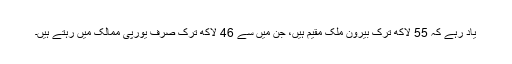
یاد رہے کہ 55 لاکھ ترک بیرون ملک مقیم ہیں، جن میں سے 46 لاکھ ترک صرف یورپی ممالک میں رہتے ہیں۔